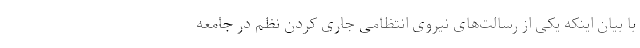
با بیان اینکه یکی از رسالت‌های نیروی انتظامی جاری کردن نظم در جامعه